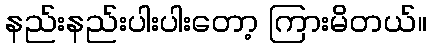
နည်းနည်းပါးပါးတော့ ကြားမိတယ်။